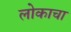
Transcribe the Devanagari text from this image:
लोकाचा